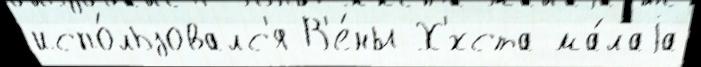
испо́льзовалс'я В'е́ны Х'́хста ма́лаjа